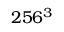
2 5 6 ^ { 3 }